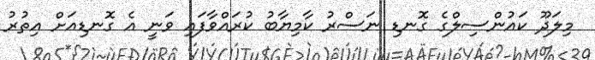
މިލަދޫ ކައުންސިލްގެ ގޮނޑި ނަސްރު ކާމިޔާބު ކުރައްވާފައި ވަނީ އެ ގޮނޑިއަށް އިތުރު